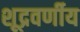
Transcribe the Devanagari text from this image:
शूद्रवर्णीय